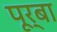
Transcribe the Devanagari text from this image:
पूर्बा